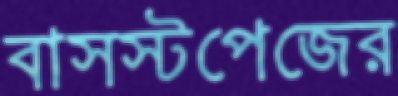
বাসস্টপেজের